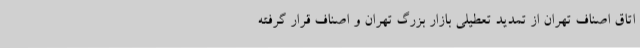
اتاق اصناف تهران از تمدید تعطیلی بازار بزرگ تهران و اصناف قرار گرفته